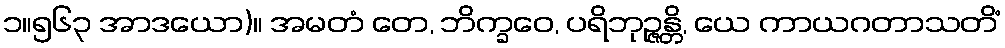
၁။၅၆၃ အာဒယော)။ အမတံ တေ, ဘိက္ခဝေ, ပရိဘုဉ္ဇန္တိ, ယေ ကာယဂတာသတိံ